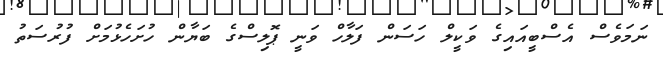
ނަމަވެސް އެސްބީއައިގެ ވަކީލް ހަސަން ފަލާހް ވަނީ ޕޮލިސްގެ ބަޔާން ހުށަހެޅުމަށް ފުރުސަތު